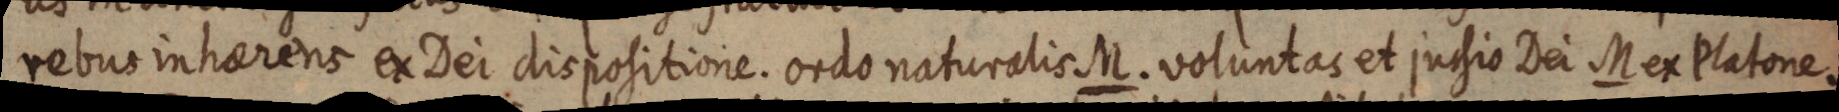
rebus inhaerens ex Dei dispositione. ordo naturalis M. voluntas et jucsio Dei Mex Platone.